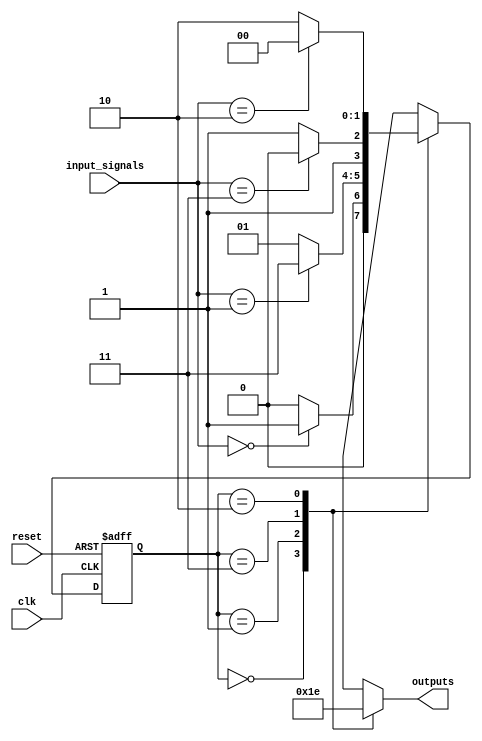
module gray_code_state_machine(
    input wire clk,
    input wire reset,
    input wire [1:0] input_signals,
    output reg [1:0] outputs
);

// State encoding using Gray code
parameter S0 = 2'b00;
parameter S1 = 2'b01;
parameter S2 = 2'b11;
parameter S3 = 2'b10;

// State register
reg [1:0] state_reg;
reg [1:0] next_state;

// Next state logic
always @ (posedge clk or posedge reset) begin
    if (reset) begin
        state_reg <= S0;
    end else begin
        state_reg <= next_state;
    end
end

// State machine transitions
always @* begin
    case(state_reg)
        S0: begin
            if (input_signals == 2'b00)
                next_state = S1;
            else
                next_state = S0;
        end
        S1: begin
            if (input_signals == 2'b01)
                next_state = S2;
            else
                next_state = S1;
        end
        S2: begin
            if (input_signals == 2'b11)
                next_state = S3;
            else
                next_state = S2;
        end
        S3: begin
            if (input_signals == 2'b10)
                next_state = S0;
            else
                next_state = S3;
        end
    endcase
end

// Output generation based on current state
always @* begin
    case(state_reg)
        S0: outputs = 2'b00;
        S1: outputs = 2'b01;
        S2: outputs = 2'b11;
        S3: outputs = 2'b10;
    endcase
end

endmodule